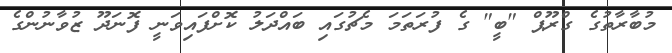
މުބާރާތުގެ ގްރޫޕް "ބީ" ގެ ފުރަތަމަ މެޗުގައި ބައްދަލު ކޮށްފައިވަނީ ފޮނަދޫ ޒުވާނުންގެ